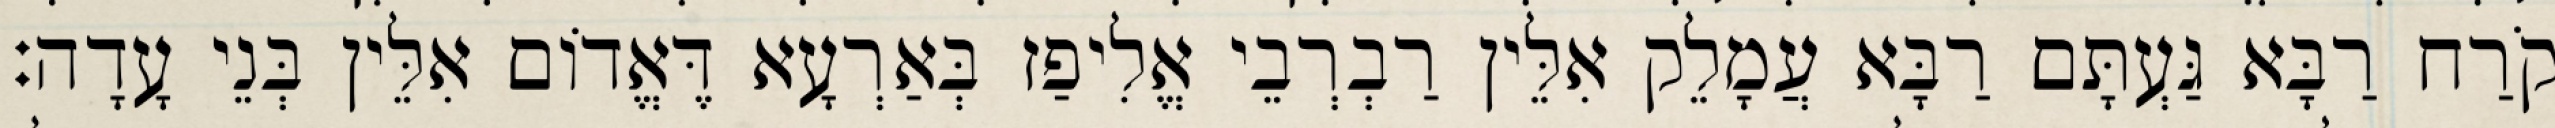
קֹרַח רַבָּא גַּעְתָּם רַבָּא עֲמָלֵק אִלֵּין רַבְרְבֵי אֱלִיפַז בְּאַרְעָא דֶּאֱדוֹם אִלֵּין בְּנֵי עָדָה׃